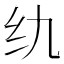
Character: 𮉠